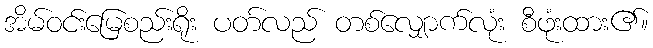
အိမ်ဝင်းမြေစည်းရိုး ပတ်လည် တစ်လျှောက်လုံး စီဖုံးထား၏။